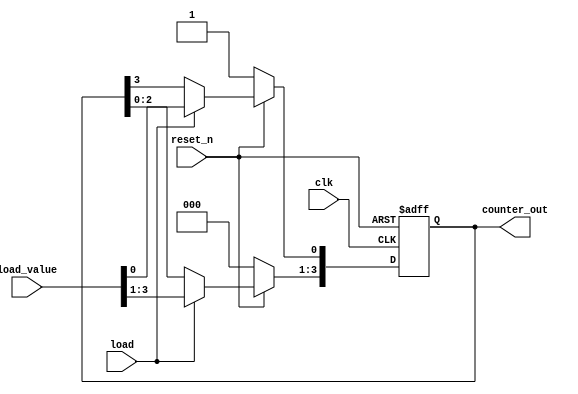
module loadable_ring_counter #(
    parameter WIDTH = 4  // Width of the counter (number of flip-flops)
)(
    input wire clk,           // Clock input
    input wire reset_n,      // Active low reset
    input wire load,         // Load input
    input wire [WIDTH-1:0] load_value, // Value to load into the counter
    output reg [WIDTH-1:0] counter_out // Current state of the counter
);

    // Internal signal for next state
    reg [WIDTH-1:0] next_state;

    // Asynchronous reset
    always @(*) begin
        if (!reset_n) begin
            next_state = {WIDTH-1{1'b0}};  // Reset all flip-flops to 0
            next_state[0] = 1'b1;          // Set the first flip-flop to 1
        end else if (load) begin
            next_state = load_value;       // Load the specified value
        end else begin
            // Shift operation for the ring counter
            next_state = {counter_out[WIDTH-2:0], counter_out[WIDTH-1]}; // Shift left
            next_state[0] = counter_out[WIDTH-1]; // Feedback to create the ring
        end
    end

    // Sequential logic to update the state on the clock edge
    always @(posedge clk or negedge reset_n) begin
        if (!reset_n) begin
            counter_out <= {WIDTH-1{1'b0}};  // Reset the counter
            counter_out[0] <= 1'b1;          // Set the first flip-flop to 1
        end else begin
            counter_out <= next_state; // Update the counter state
        end
    end

endmodule